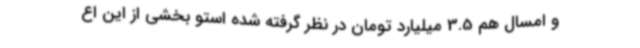
و امسال هم 3.5 میلیارد تومان در نظر گرفته شده استو بخشی از این اع